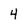
Character: 4